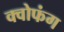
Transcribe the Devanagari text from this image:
क्वोफंग